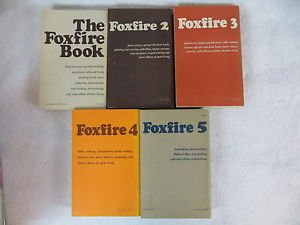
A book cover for Foxfire Complete Set Vol 1-5 (Volume 1, Volume 2, Volume 3, Volume 4, Volume 5); Politics & Social Sciences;